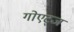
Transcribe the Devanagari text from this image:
गोएट्ज